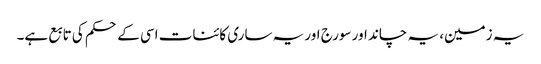
یہ زمین، یہ چاند اور سورج اور یہ ساری کائنات اسی کے حکم کی تابع ہے۔